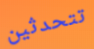
تتحدثين